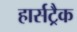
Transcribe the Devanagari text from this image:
हार्सट्रैक